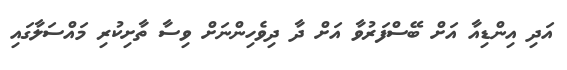
އަދި އިންޑިއާ އަށް ބޭސްފަރުވާ އަށް ދާ ދިވެހިންނަށް ވިސާ ތާށިކުރި މައްސަލާގައި